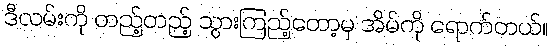
ဒီလမ်းကို တည့်တည့် သွားကြည့်တော့မှ အိမ်ကို ရောက်တယ်။